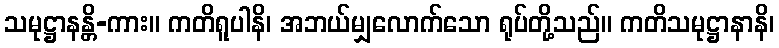
သမုဋ္ဌာနန္တိ-ကား။ ကတိရူပါနိ၊ အဘယ်မျှလောက်သော ရုပ်တို့သည်။ ကတိသမုဋ္ဌာနာနိ၊